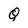
Character: Q